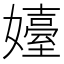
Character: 嬯